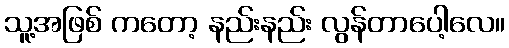
သူ့အဖြစ် ကတော့ နည်းနည်း လွန်တာပေါ့လေ။